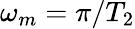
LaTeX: \omega_{m}=\pi/T_{2}